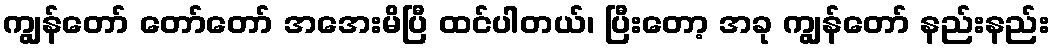
ကျွန်တော် တော်တော် အအေးမိပြီ ထင်ပါတယ်၊ ပြီးတော့ အခု ကျွန်တော် နည်းနည်း